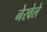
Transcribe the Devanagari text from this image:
नेरवेले